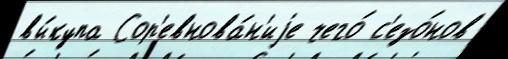
вы́купа Сор'евнова́н'иjе чего́ с'езо́нов